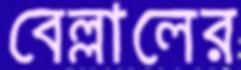
বেল্লালের